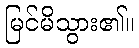
မြင်မိသွား၏။